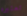
تعتبره